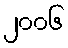
၂၀၀၆